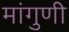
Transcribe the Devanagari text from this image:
मांगुणी